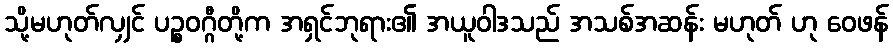
သို့မဟုတ်လျှင် ပဉ္စဝဂ္ဂီတို့က အရှင်ဘုရား၏ အယူဝါဒသည် အသစ်အဆန်း မဟုတ် ဟု ဝေဖန်